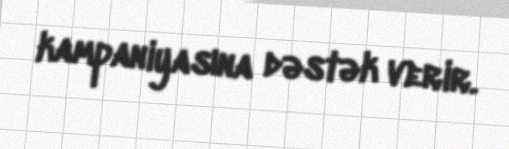
kampaniyasına dəstək verir.